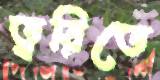
ত্বরিতে